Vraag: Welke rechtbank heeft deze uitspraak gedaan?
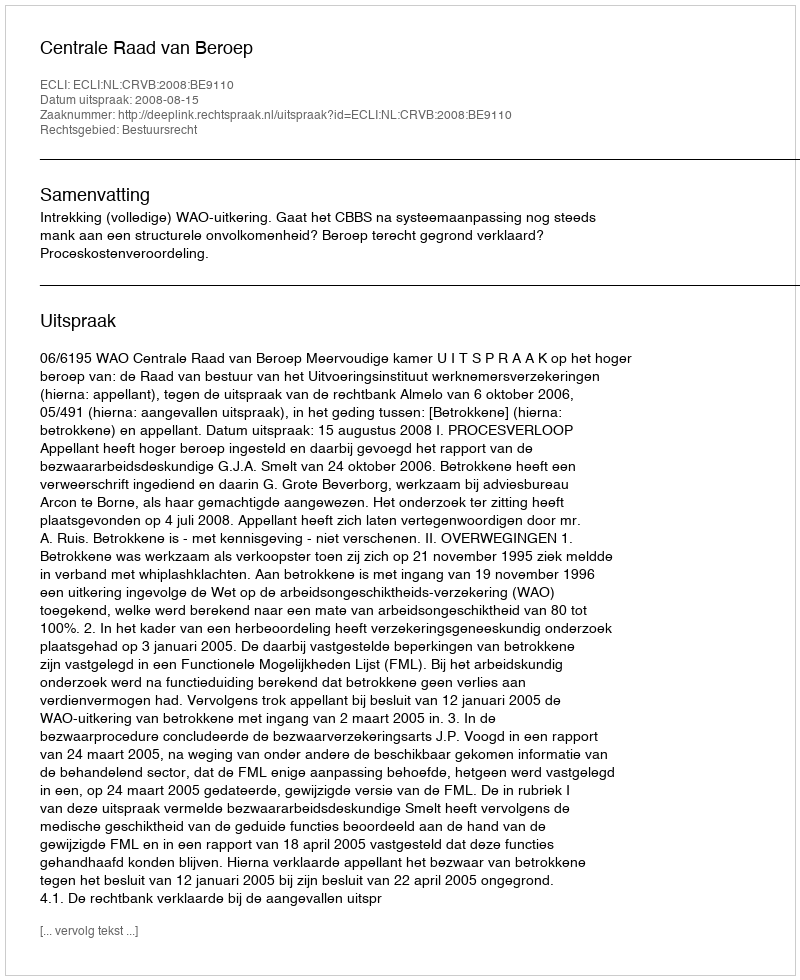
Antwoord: Centrale Raad van Beroep